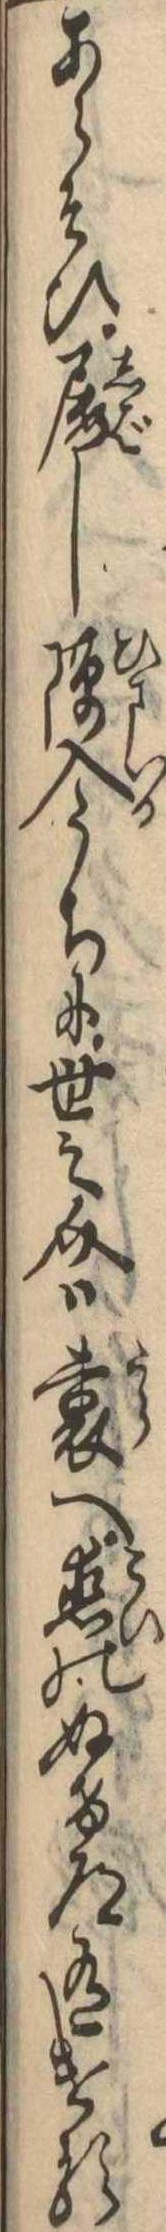
あらそひ屡し隙入うちに世之介は裏へ恋のぬけ道有ける